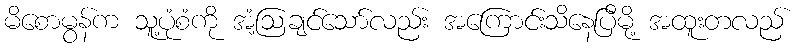
မိစောမွန်က သူ့ပုံစံကို အံ့ဩချင်သော်လည်း အကြောင်းသိနေပြီမို့ အထူးတလည်